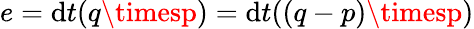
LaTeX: e=\mathrm{d}t(q\timesp)=\mathrm{d}t((q-p)\timesp)